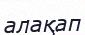
алақап